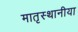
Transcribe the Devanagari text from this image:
मातृस्थानीया